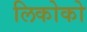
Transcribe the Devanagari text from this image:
लिकोको